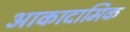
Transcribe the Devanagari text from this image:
आकादामिक